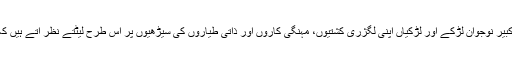
روس میں شروع ہونے والے اس چیلنج میں امیر کبیر نوجوان لڑکے اور لڑکیاں اپنی لگژری کشتیوں، مہنگی کاروں اور ذاتی طیاروں کی سیڑھیوں پر اس طرح لیٹتے نظر آتے ہیں کہ گویا وہ لڑکھڑاتے ہوئے اوندھے منہ گرے ہوں۔